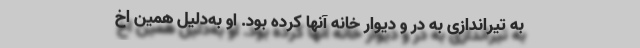
به تیراندازی به در و دیوار خانه آنها کرده بود. او به‌دلیل همین اخ